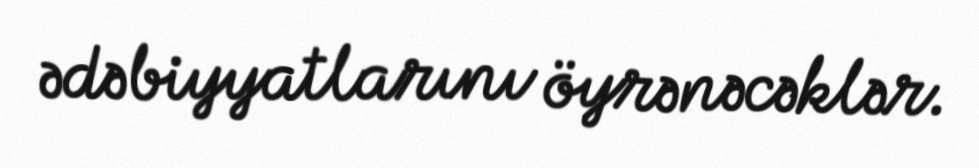
ədəbiyyatlarını öyrənəcəklər.